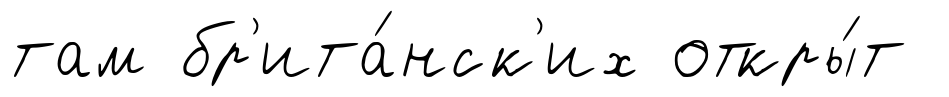
там бр'ита́нск'их откры́т